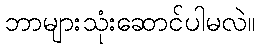
ဘာများသုံးဆောင်ပါမလဲ။